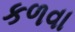
કળવા